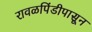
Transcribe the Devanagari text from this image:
रावळपिंडीपासून